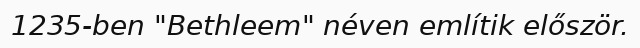
1235-ben "Bethleem" néven említik először.